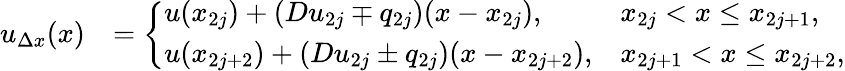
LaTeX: \begin{array}{rl}{u_{\Delta x}(x)}&{=\left\{ \begin{array}{ll}{u(x_{2j})+\left(Du_{2j}\mp q_{2j}\right)(x-x_{2j}),}&{x_{2j}<x\leq x_{2j+1},}\\ {u(x_{2j+2})+\left(Du_{2j}\pm q_{2j}\right)(x-x_{2j+2}),}&{x_{2j+1}<x\leq x_{2j+2},}\end{array}\right.}\end{array}